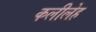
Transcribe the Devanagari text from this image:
कलीलेह